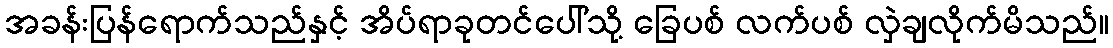
အခန်းပြန်ရောက်သည်နှင့် အိပ်ရာခုတင်ပေါ်သို့ ခြေပစ် လက်ပစ် လှဲချလိုက်မိသည်။